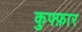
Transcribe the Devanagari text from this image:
कुफ्फ़ार